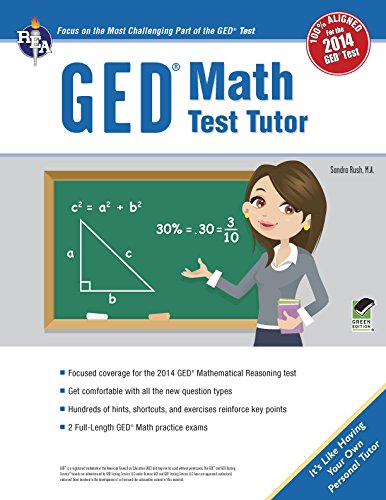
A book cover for GEDÂ® Math Test Tutor, For the 2014 GEDÂ® Test (GEDÂ® & TABE Test Preparation); Ms. Sandra Rush M.A.; Test Preparation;